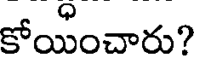
కోయించారు?